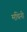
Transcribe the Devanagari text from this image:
मथिनी